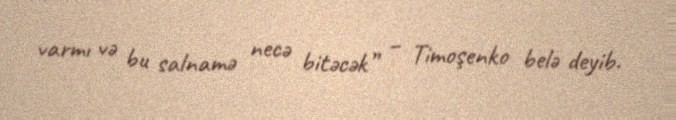
varmı və bu salnamə necə bitəcək” – Timoşenko belə deyib.